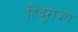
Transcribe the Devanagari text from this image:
हिंदुराज्य